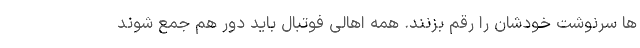
ها سرنوشت خودشان را رقم بزنند. همه اهالی فوتبال باید دور هم جمع شوند